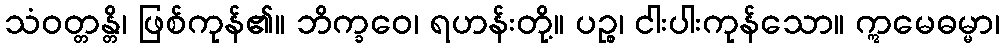
သံဝတ္တန္တိ၊ ဖြစ်ကုန်၏။ ဘိက္ခဝေ၊ ရဟန်းတို့။ ပဉ္စ၊ ငါးပါးကုန်သော။ ဣမေဓမ္မာ၊